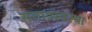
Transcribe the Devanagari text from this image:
सत्ताव्यवस्था